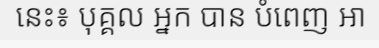
នេះ៖ បុគ្គល អ្នក បាន បំពេញ ឤ